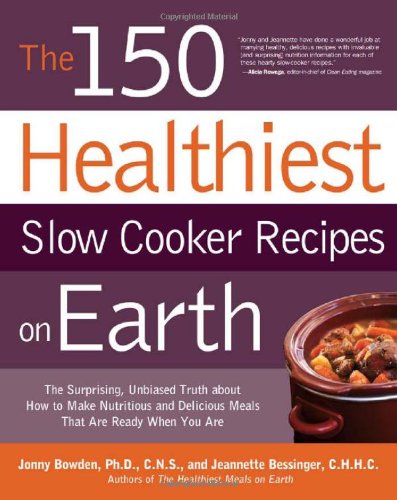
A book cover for The 150 Healthiest Slow Cooker Recipes on Earth: The Surprising Unbiased Truth About How to Make Nutritious and Delicious Meals that are Ready When You Are; Jonny Bowden; Engineering & Transportation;